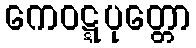
ကေဝဋ္ဋပုတ္တော